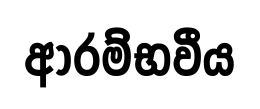
ආරම්භවීය